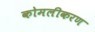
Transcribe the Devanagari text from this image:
कोमलीकरण